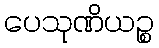
ပေသုဏိယဉ္စ